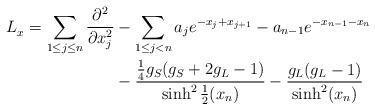
LaTeX: \begin{align*}L_x^{}= \sum_{1\leq j\leq n} \frac{\partial^2}{\partial x_j^2} & - \sum_{1\leq j<n} a_j e^{-x_j+x_{j+1}} -a_{n-1}e^{-x_{n-1}-x_n} \\& - \frac{\frac{1}{4}g_S(g_S+2g_L-1)}{ \sinh^2 \textstyle{\frac{1}{2} } (x_n) } - \frac{g_L(g_L-1)}{ \sinh^2 (x_n)} \end{align*}